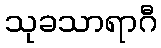
သုခသာရာဂီ